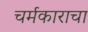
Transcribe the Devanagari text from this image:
चर्मकाराचा